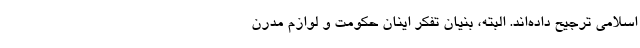
اسلامی ترجیح داده‌اند. البته، بنیان تفکر اینان حکومت و لوازم مدرن